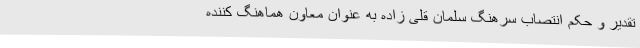
تقدیر و حکم انتصاب سرهنگ سلمان قلی زاده به عنوان معاون هماهنگ کننده